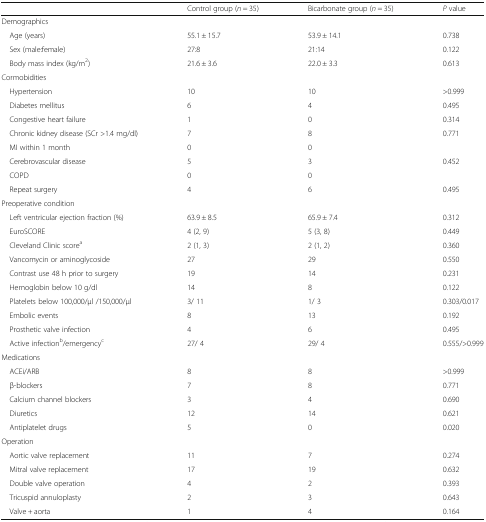
<table><thead><tr><td></td><td><b>Control group (<i>n</i> = 35)</b></td><td><b>Bicarbonate group (<i>n</i> = 35)</b></td><td><b><i>P</i> value</b></td></tr></thead><tbody><tr><td colspan="4">Demographics</td></tr><tr><td> Age (years)</td><td>55.1 ± 15.7</td><td>53.9 ± 14.1</td><td>0.738</td></tr><tr><td> Sex (male:female)</td><td>27:8</td><td>21:14</td><td>0.122</td></tr><tr><td> Body mass index (kg/m<sup>2</sup>)</td><td>21.6 ± 3.6</td><td>22.0 ± 3.3</td><td>0.613</td></tr><tr><td colspan="4">Cormobidities</td></tr><tr><td> Hypertension</td><td>10</td><td>10</td><td>&gt;0.999</td></tr><tr><td> Diabetes mellitus</td><td>6</td><td>4</td><td>0.495</td></tr><tr><td> Congestive heart failure</td><td>1</td><td>0</td><td>0.314</td></tr><tr><td> Chronic kidney disease (SCr &gt;1.4 mg/dl)</td><td>7</td><td>8</td><td>0.771</td></tr><tr><td> MI within 1 month</td><td>0</td><td>0</td><td></td></tr><tr><td> Cerebrovascular disease</td><td>5</td><td>3</td><td>0.452</td></tr><tr><td> COPD</td><td>0</td><td>0</td><td></td></tr><tr><td> Repeat surgery</td><td>4</td><td>6</td><td>0.495</td></tr><tr><td colspan="4">Preoperative condition</td></tr><tr><td> Left ventricular ejection fraction (%)</td><td>63.9 ± 8.5</td><td>65.9 ± 7.4</td><td>0.312</td></tr><tr><td> EuroSCORE</td><td>4 (2, 9)</td><td>5 (3, 8)</td><td>0.449</td></tr><tr><td> Cleveland Clinic score<sup>a</sup></td><td>2 (1, 3)</td><td>2 (1, 2)</td><td>0.360</td></tr><tr><td> Vancomycin or aminoglycoside</td><td>27</td><td>29</td><td>0.550</td></tr><tr><td> Contrast use 48 h prior to surgery</td><td>19</td><td>14</td><td>0.231</td></tr><tr><td> Hemoglobin below 10 g/dl</td><td>14</td><td>8</td><td>0.122</td></tr><tr><td> Platelets below 100,000/μl /150,000/μl</td><td>3/ 11</td><td>1/ 3</td><td>0.303/0.017</td></tr><tr><td> Embolic events</td><td>8</td><td>13</td><td>0.192</td></tr><tr><td> Prosthetic valve infection</td><td>4</td><td>6</td><td>0.495</td></tr><tr><td> Active infection<sup>b</sup>/emergency<sup>c</sup></td><td>27/ 4</td><td>29/ 4</td><td>0.555/&gt;0.999</td></tr><tr><td colspan="4">Medications</td></tr><tr><td> ACEi/ARB</td><td>8</td><td>8</td><td>&gt;0.999</td></tr><tr><td> β-blockers</td><td>7</td><td>8</td><td>0.771</td></tr><tr><td> Calcium channel blockers</td><td>3</td><td>4</td><td>0.690</td></tr><tr><td> Diuretics</td><td>12</td><td>14</td><td>0.621</td></tr><tr><td> Antiplatelet drugs</td><td>5</td><td>0</td><td>0.020</td></tr><tr><td>Operation</td><td></td><td></td><td></td></tr><tr><td> Aortic valve replacement</td><td>11</td><td>7</td><td>0.274</td></tr><tr><td> Mitral valve replacement</td><td>17</td><td>19</td><td>0.632</td></tr><tr><td> Double valve operation</td><td>4</td><td>2</td><td>0.393</td></tr><tr><td> Tricuspid annuloplasty</td><td>2</td><td>3</td><td>0.643</td></tr><tr><td> Valve + aorta</td><td>1</td><td>4</td><td>0.164</td></tr></tbody></table>